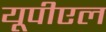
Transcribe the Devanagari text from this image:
यूपीएल